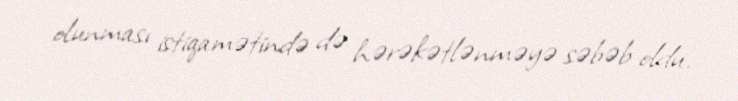
olunması istiqamətində də hərəkətlənməyə səbəb oldu.